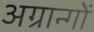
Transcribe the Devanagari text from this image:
अग्रान्गों